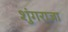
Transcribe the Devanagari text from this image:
शुंगराजा